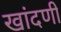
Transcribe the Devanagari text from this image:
खांदणी